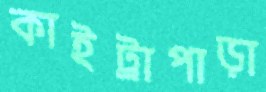
কাইট্রাপাড়া